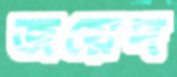
জয়েদ